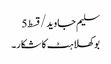
سلیم جاوید/قسط5
بوکھلاہٹ کا شکار۔